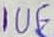
Text: 1UF